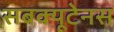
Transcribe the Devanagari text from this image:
सबक्यूटेनस